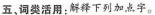
五、词类活用；解释下列加点字。